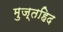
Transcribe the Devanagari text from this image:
मुज्तहिद